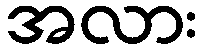
အလား